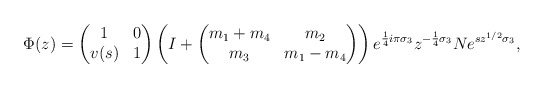
\begin{align*}\Phi(z)=\begin{pmatrix}1&0\\v(s)&1\end{pmatrix} \left(I+\begin{pmatrix}m_1+m_4&m_2\\m_3&m_1-m_4\end{pmatrix}\right)e^{\frac{1}{4}i \pi \sigma_3}z^{-\frac{1}{4}\sigma_3}Ne^{sz^{1/2}\sigma_3},\end{align*}